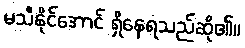
မသီနိုင်အောင် ရှိနေရသည်ဆို၏။